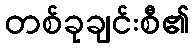
တစ်ခုချင်းစီ၏